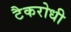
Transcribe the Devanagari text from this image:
टैकरोधी